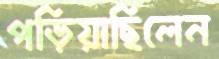
পড়িয়াছিলেন